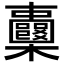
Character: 𣡦